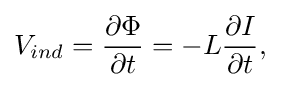
V_{ind}={\frac {\partial \Phi }{\partial t}}=-L{\frac {\partial I}{\partial t}},\